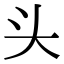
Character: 头